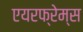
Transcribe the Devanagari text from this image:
एयरफ्रेम्स